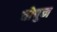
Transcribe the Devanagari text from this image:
चोपून